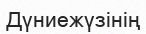
Дүниежүзінің